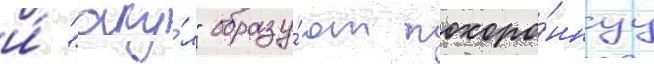
и́ "аку́л" образу́ют похоро́ннуу